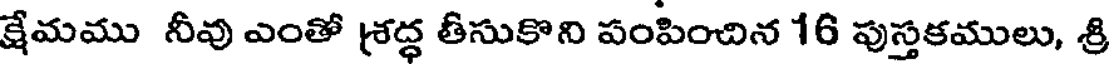
క్షేమము నీవు ఎంతో శ్రద్ధ తీసుకొని పంపించిన 16 పుస్తకములు, శ్రి